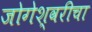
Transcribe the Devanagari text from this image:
जोगेश्वरीचा